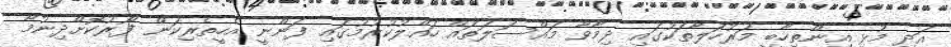
އަދި މުޅި އިންތިހާބީ މަރުހަލާތަކުގައި ދިމާވާ މައްސަލަތައް ހައްލުކުރުމުގައި ފަންނީ އެހީތެރިކަން ފޯރުކޮށްދިނުމާ